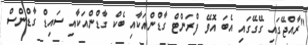
"ރާއްޖޭގައި ގޭގޭގައި އެބަ އޮވޭ ފްރަންޓް ގާޑްންއަކާއި ބެކް ގާޑްންއަކާއި ސައިޑް ގާޑްންސް